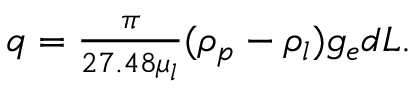
\begin{array} { r } { q = \frac { \pi } { 2 7 . 4 8 \mu _ { l } } ( \rho _ { p } - \rho _ { l } ) g _ { e } d L . } \end{array}